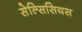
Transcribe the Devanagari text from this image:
सेल्सिसियस